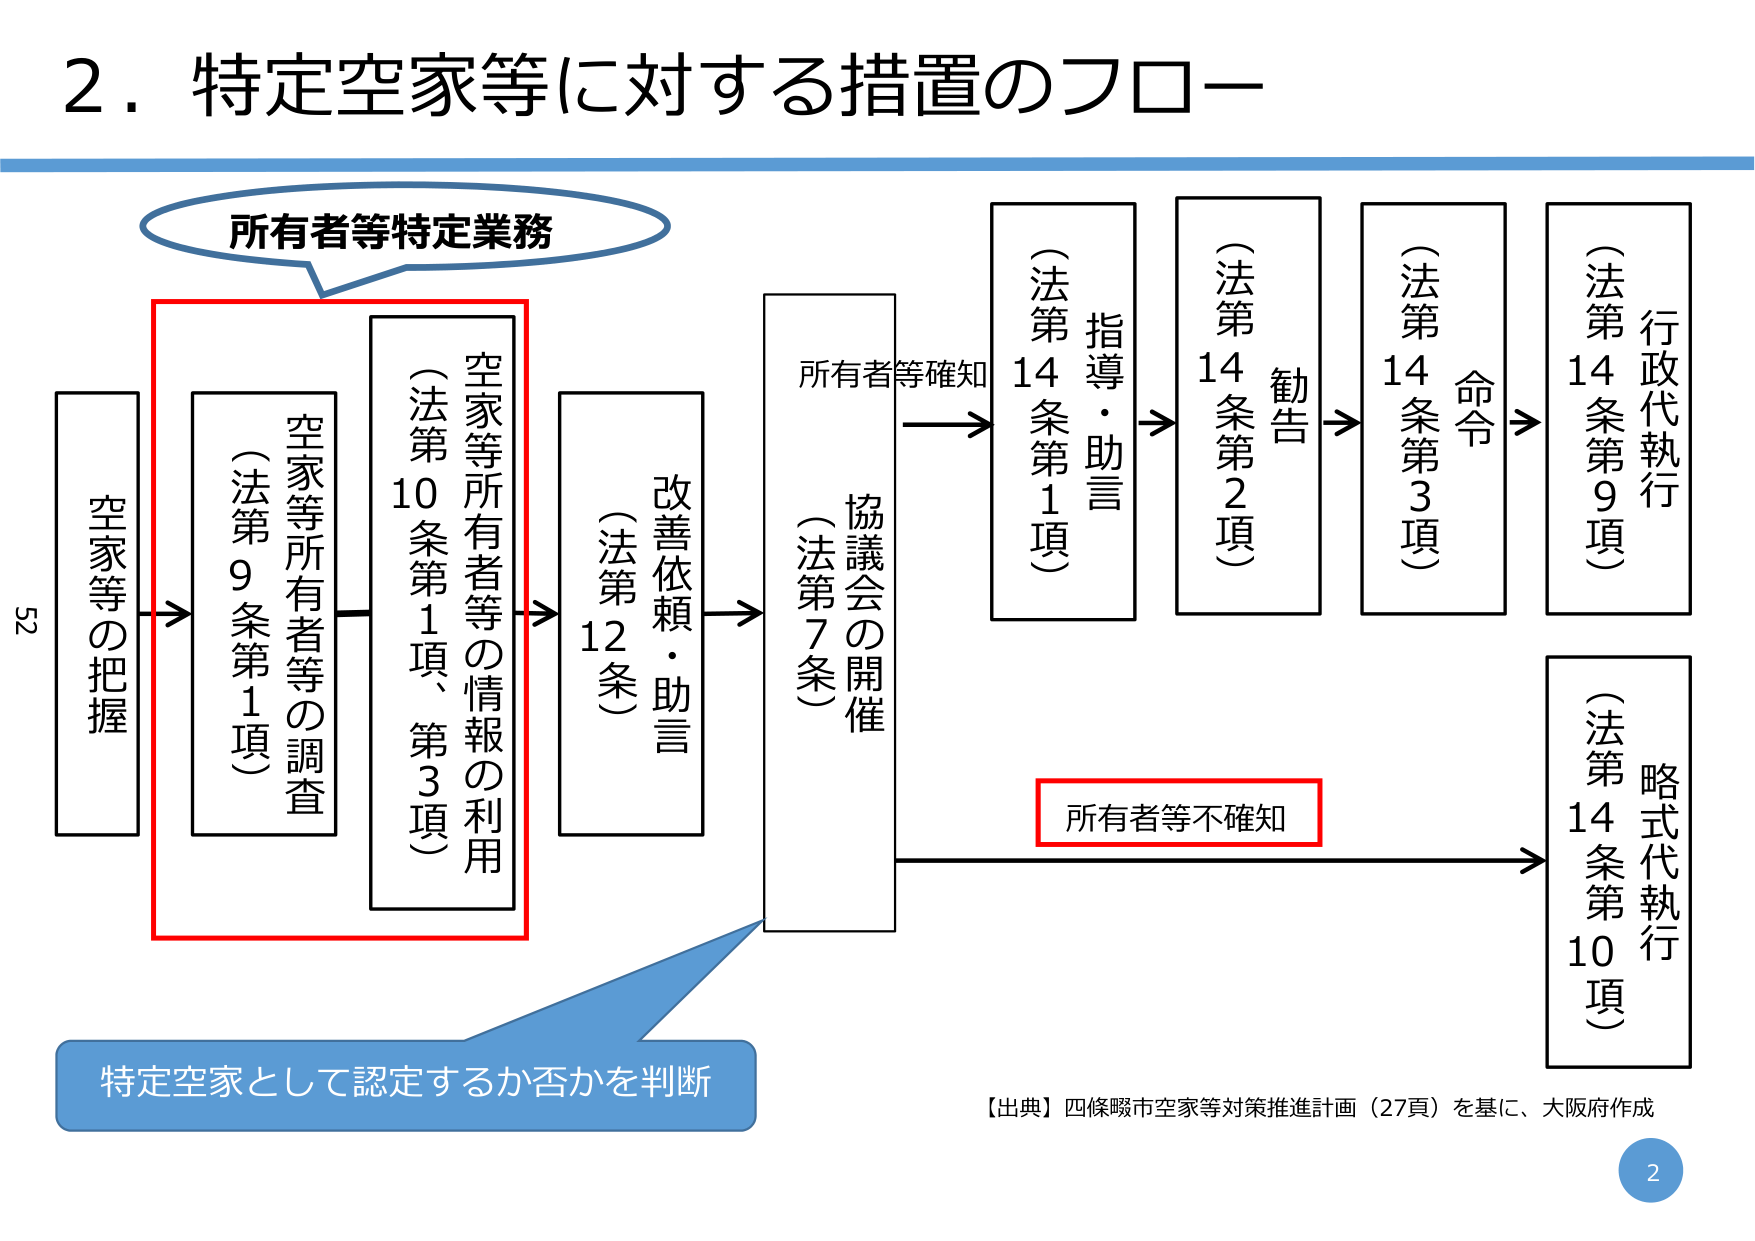
2．特定空家等に対する措置のフロー

所有者等特定業務

空家等の把握

空家等所有者等の調査
（法第9条第1項）

空家等所有者等の情報の利用
（法第10条第1項、第3項）

改善依頼・助言
（法第12条）

協議会の開催
（法第7条）

所有者等確知

指導・助言
（法第14条第1項）

勧告
（法第14条第2項）

命令
（法第14条第3項）

行政代執行
（法第14条第9項）

所有者等不確知

略式代執行
（法第14条第10項）

特定空家として認定するか否かを判断

【出典】四條畷市空家等対策推進計画（27頁）を基に、大阪府作成

52

2